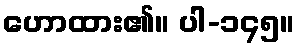
ဟောထား၏။ ပါ-၁၄၅။